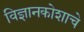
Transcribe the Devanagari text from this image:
विज्ञानकोशाचे